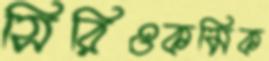
সিরিওকমিক